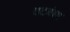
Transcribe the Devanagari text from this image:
तटबंद्या